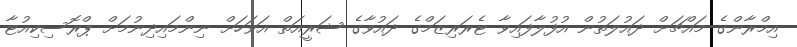
އިމްރާންގެ މައްޗަށް ދައުލަތުން އުފުލާފައިވާ ޓެރަރިޒަމްގެ ދައުވާގެ ޝަރީއަތް އަވަހަށް ނިންމައިދިނުމަށް ޕްރޮސިކިއުޓާ